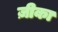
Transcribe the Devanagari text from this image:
ज़ीका